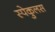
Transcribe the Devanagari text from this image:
स्पेकुलस